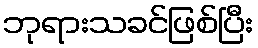
ဘုရားသခင်ဖြစ်ပြီး